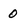
Character: 0